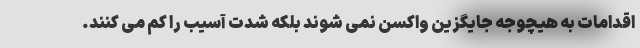
اقدامات به هیچوجه جایگزین واکسن نمی شوند بلکه شدت آسیب را کم می کنند.